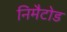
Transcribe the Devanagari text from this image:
निमैटोड